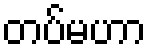
တပ်မဟာ